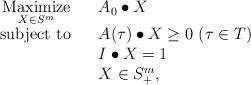
LaTeX: \begin{align*}\begin{array}{rcl}\displaystyle{\mathop{\rm Maximize}_{X\in S^m}}& &A_0\bullet X\\\mbox{subject to}& & A(\tau)\bullet X\ge 0\ (\tau\in T)\\ & & I\bullet X = 1\\ & & X\in S^m_+,\end{array}\end{align*}